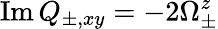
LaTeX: \operatorname{Im}Q_{\pm,xy}=-2\Omega_{\pm}^{z}